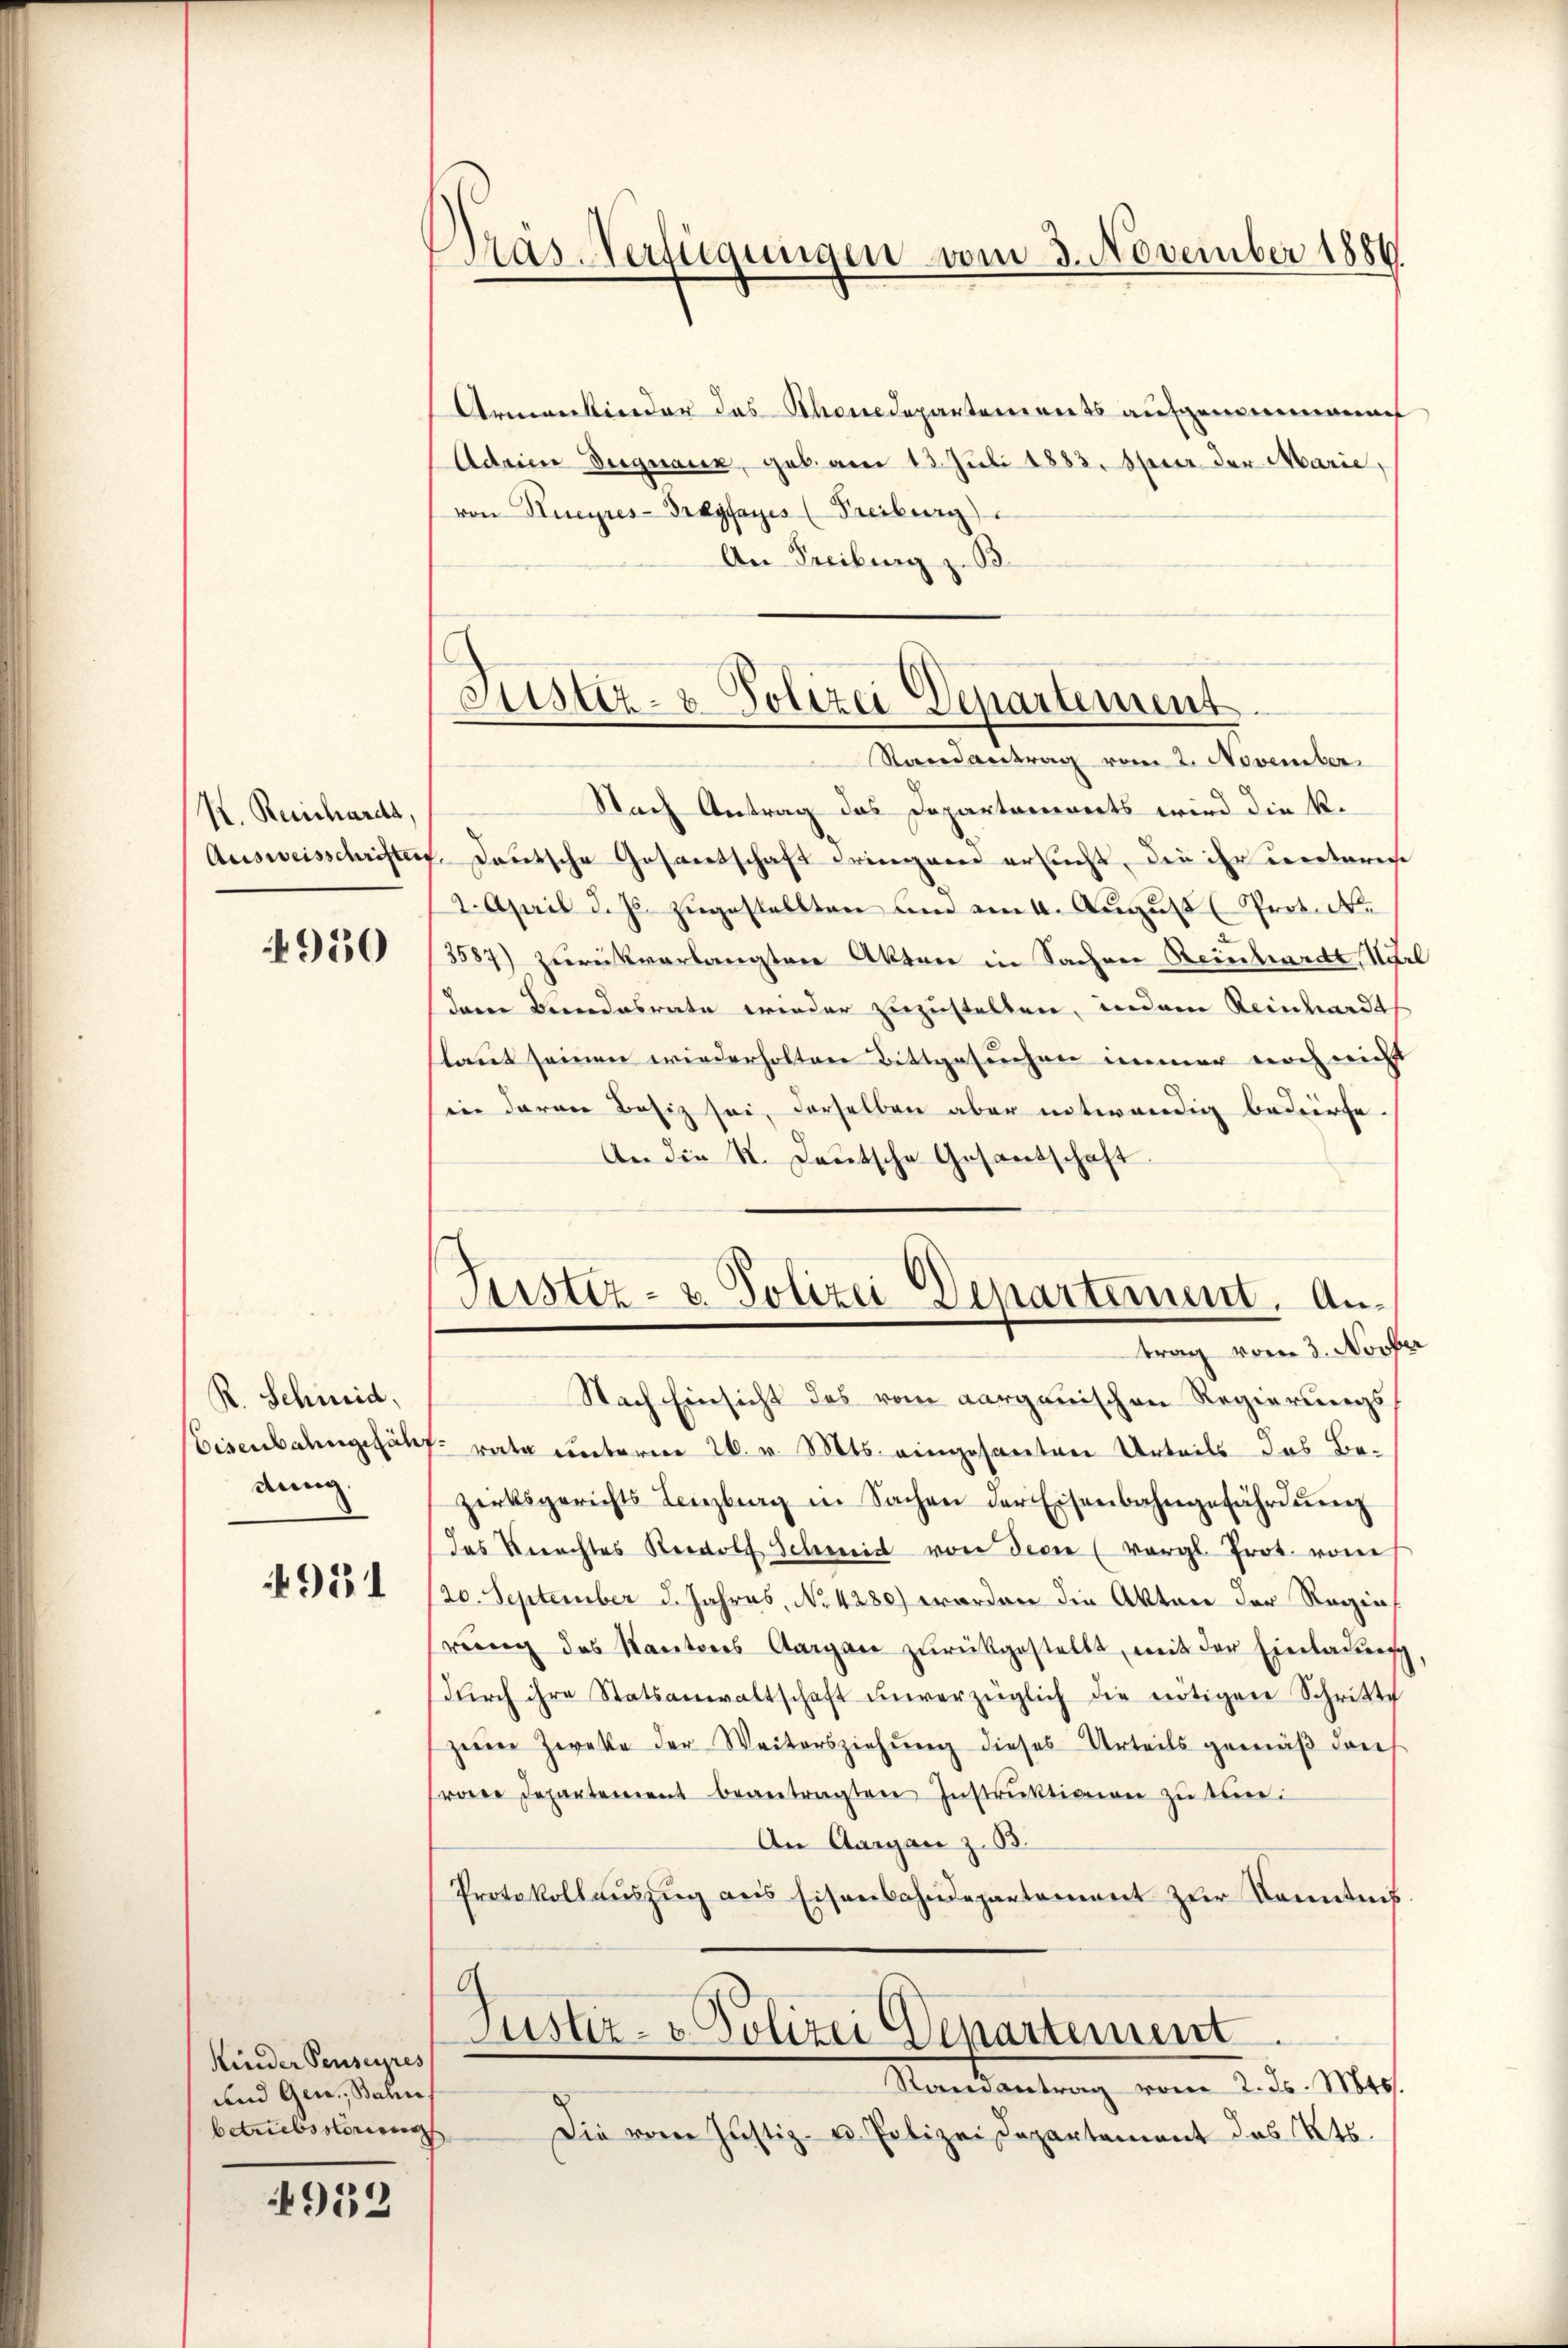
K. Reichards,
Ausweisschriften

4950

R. Schmid,
Eisenbahngefähr
dung.

4951

Kinder Penseres
und Gen., Bahn
betriebsterie

952

Armenkinder das Thonedepartements aufgenommenen
Adeine Begnauer, geb. am 13. Juli 1883. Steuer der Marie,
von Kucyres-Bragfayes (Freiburg)
An Freiburg

Gras Verfügungen vom 3. November 1880

Justiz- & Polizei Departement
Randantrag vom 2. November.

Justiz- u. Polizei Departement. Antrag vom 3. Novber
Nach Einsicht des vom aargauischen Regierungs¬

Nach Antrag das Departanenerts wird die K.
. Deutsche Gesantschaft dringerer ersucht, die ihr eccetarise
2. April d. Js. zugestellten und am 4. August Prot. N.
.
3587) zurückverlangten Akten in Sachen Reinhardt, Nitel
deren Berendesrate wieder zuzustellen, indem Reinhardt
slaut seinen wiederholten Bittgesuchen immer noch nicht
hin daran Besiz sei, derselben aber notwendig bedürfe.
An die K. Deutsche Gesantschaft
rate unterm 26. v. Mts. eingesanten Urteils das Be-
zirksgerichts Lenzberg in Sachen der Eisenbahngefährdŭng
das Verachtes Rolf Schmid von Ferie (vergl. Prot. vom
20. September d. Jahres, No 4280) worden die Akten der Regierung des Kantons Aargau zŭrückgestellt, mit der Einladung
dŭrch ihre Statsanwaltschaft ŭnverzüglich die nötigen Schritte
zum Zweke der Weitersziehŭng dieses Urteils gemäβ dont
re Departement beantragten Instrŭktionen zŭ terr.
An Aargau z. B.
Protokollauszug aus Eisenbahndepartement zur Kenntnis
G

Justiz- & Polizei Departement
Ramantrag vom 2. Js. Mts.

Die vom Justiz- u. Polizeidepartement des Kts.